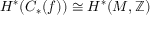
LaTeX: H ^ { * } ( C _ { * } ( f ) ) \cong H ^ { * } ( M , \mathbb { Z } )